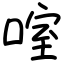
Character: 㗌